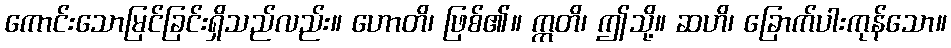
ကောင်းသောမြင်ခြင်းရှိသည်လည်း။ ဟောတိ၊ ဖြစ်၏။ ဣတိ၊ ဤသို့။ ဆဟိ၊ ခြောက်ပါးကုန်သော။